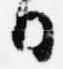
日